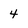
Character: 4